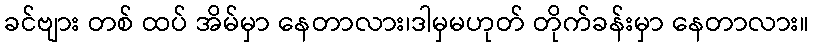
ခင်ဗျား တစ် ထပ် အိမ်မှာ နေတာလား၊ဒါမှမဟုတ် တိုက်ခန်းမှာ နေတာလား။